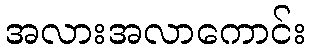
အလားအလာကောင်း